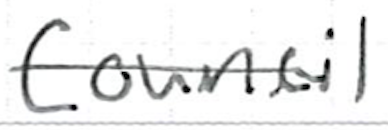
Text: Council
Cross-out: single-line
Writing tool: ballpoint